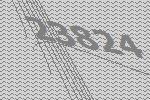
23824